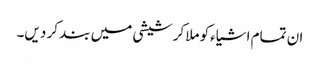
ان تمام اشیاءکو ملا کر شیشی میں بند کر دیں۔